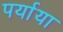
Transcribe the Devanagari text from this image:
पर्याया